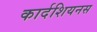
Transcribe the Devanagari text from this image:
कार्दशियनस